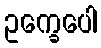
ဥက္ခေပေါ